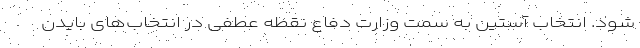
شود. انتخاب آستین به سمت وزارت دفاع نقطه عطفی در انتخاب‌های بایدن